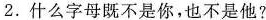
2.什么字母既不是你，也不是他?